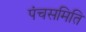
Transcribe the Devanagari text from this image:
पंचसमिति